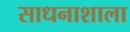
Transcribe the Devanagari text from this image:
साधनाशाला